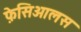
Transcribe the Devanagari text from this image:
फ़ेसिओलस